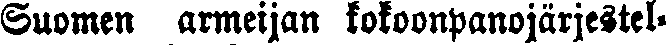
Suomen armeijan kokoonpanojärjestel-